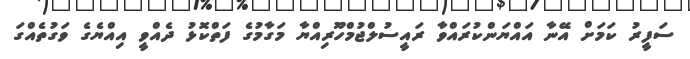
ސަފީރު ކަމަށް އޭނާ އައްޔަންކުރައްވާ ރައީސުލްޖުމްހޫރިއްޔާ މަގާމުގެ ފަތްކޮޅު ދެއްވީ އިއްޔެގެ ވަގުތެއްގަ